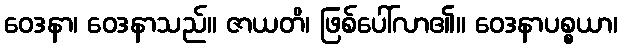
ဝေဒနာ၊ ဝေဒနာသည်။ ဇာယတိ၊ ဖြစ်ပေါ်လာ၏။ ဝေဒနာပစ္စယာ၊